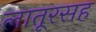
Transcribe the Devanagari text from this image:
लातूरसह